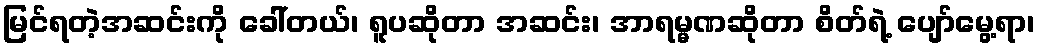
မြင်ရတဲ့အဆင်းကို ခေါ်တယ်၊ ရူပဆိုတာ အဆင်း၊ အာရမ္မဏဆိုတာ စိတ်ရဲ့ ပျော်မွေ့ရာ၊